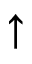
\uparrow